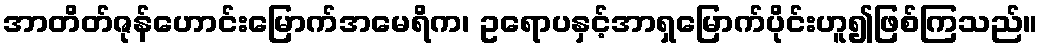
အာတိတ်ဇုန်ဟောင်းမြောက်အမေရိက၊ ဥရောပနှင့်အာရှမြောက်ပိုင်းဟူ၍ဖြစ်ကြသည်။